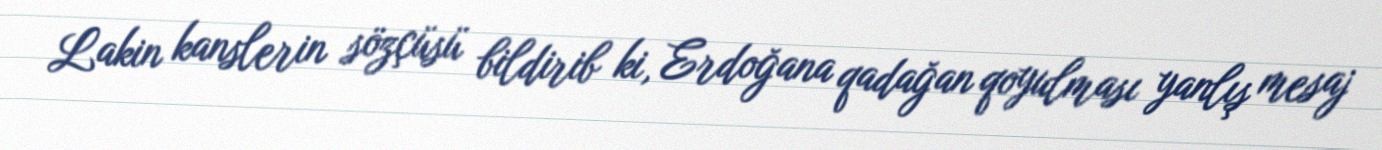
Lakin kanslerin sözçüsü bildirib ki, Erdoğana qadağan qoyulması yanlış mesaj